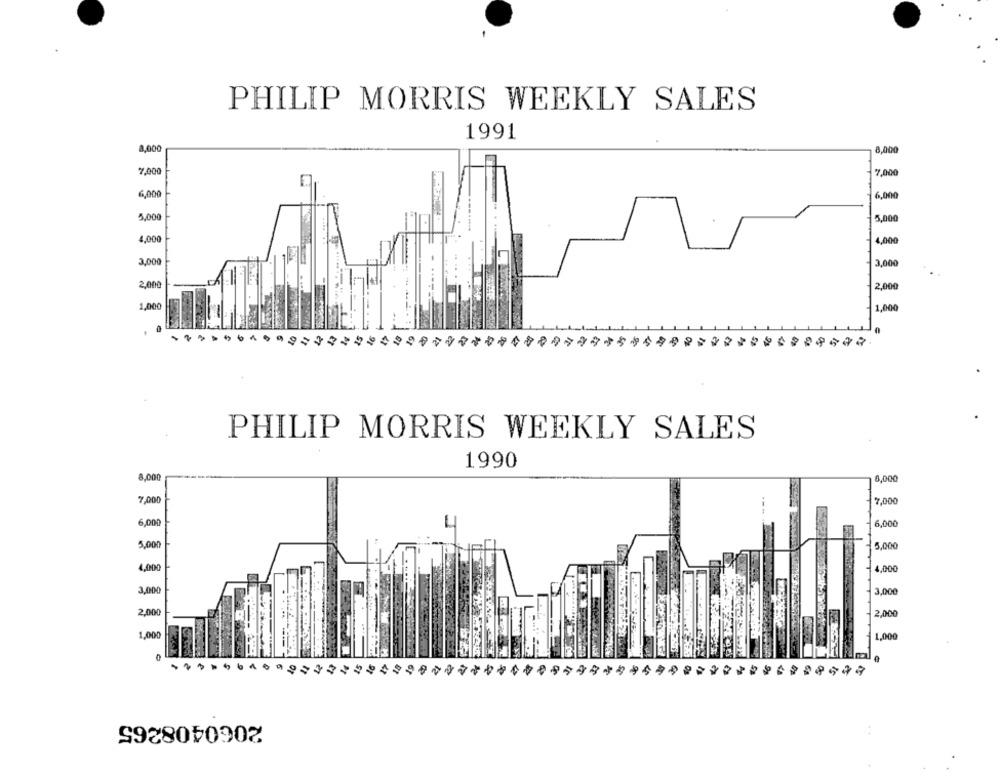
PHILIP MORRIS WEEKLY SALES
1991
8,000
8,000
7,000
7,000
6,000
6,000
5,000
5,000
4,000
4,000
3,000
3,000
2,000
2,000
1,000
1,000
PHILIP MORRIS WEEKLY SALES
1990
8,000
6,000
7,000
7,000
6,000
6,000
5,000
5,000
4,000
4,000
3,000
3,000
2.000
2.000
1,000
1,000
9
2060408265